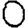
Digit: 0